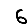
Digit: 6